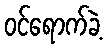
ဝင်ရောက်ခဲ့